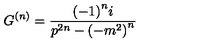
G ^ { \left( n \right) } = \frac { { \left( - 1 \right) } ^ { n } i } { p ^ { 2 n } - { \left( - m ^ { 2 } \right) } ^ { n } }